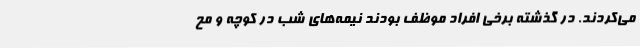
می‌کردند. در گذشته برخی افراد موظف بودند نیمه‌های شب در کوچه و مح